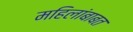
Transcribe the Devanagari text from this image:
महिलांबाबत